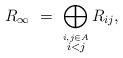
LaTeX: \begin{align*}R_\infty \,\,=\,\,\bigoplus_{\stackrel {i,j\in A}{i<j}} R_{ij}, \end{align*}